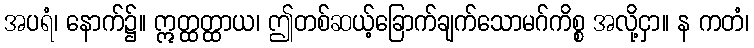
အပရံ၊ နောက်၌။ ဣတ္ထတ္ထာယ၊ ဤတစ်ဆယ့်ခြောက်ချက်သောမဂ်ကိစ္စ အလို့ငှာ။ န ကတံ၊